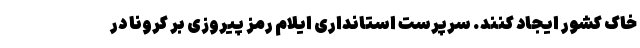
خاک کشور ایجاد کنند. سرپرست استانداری ایلام رمز پیروزی بر کرونا در